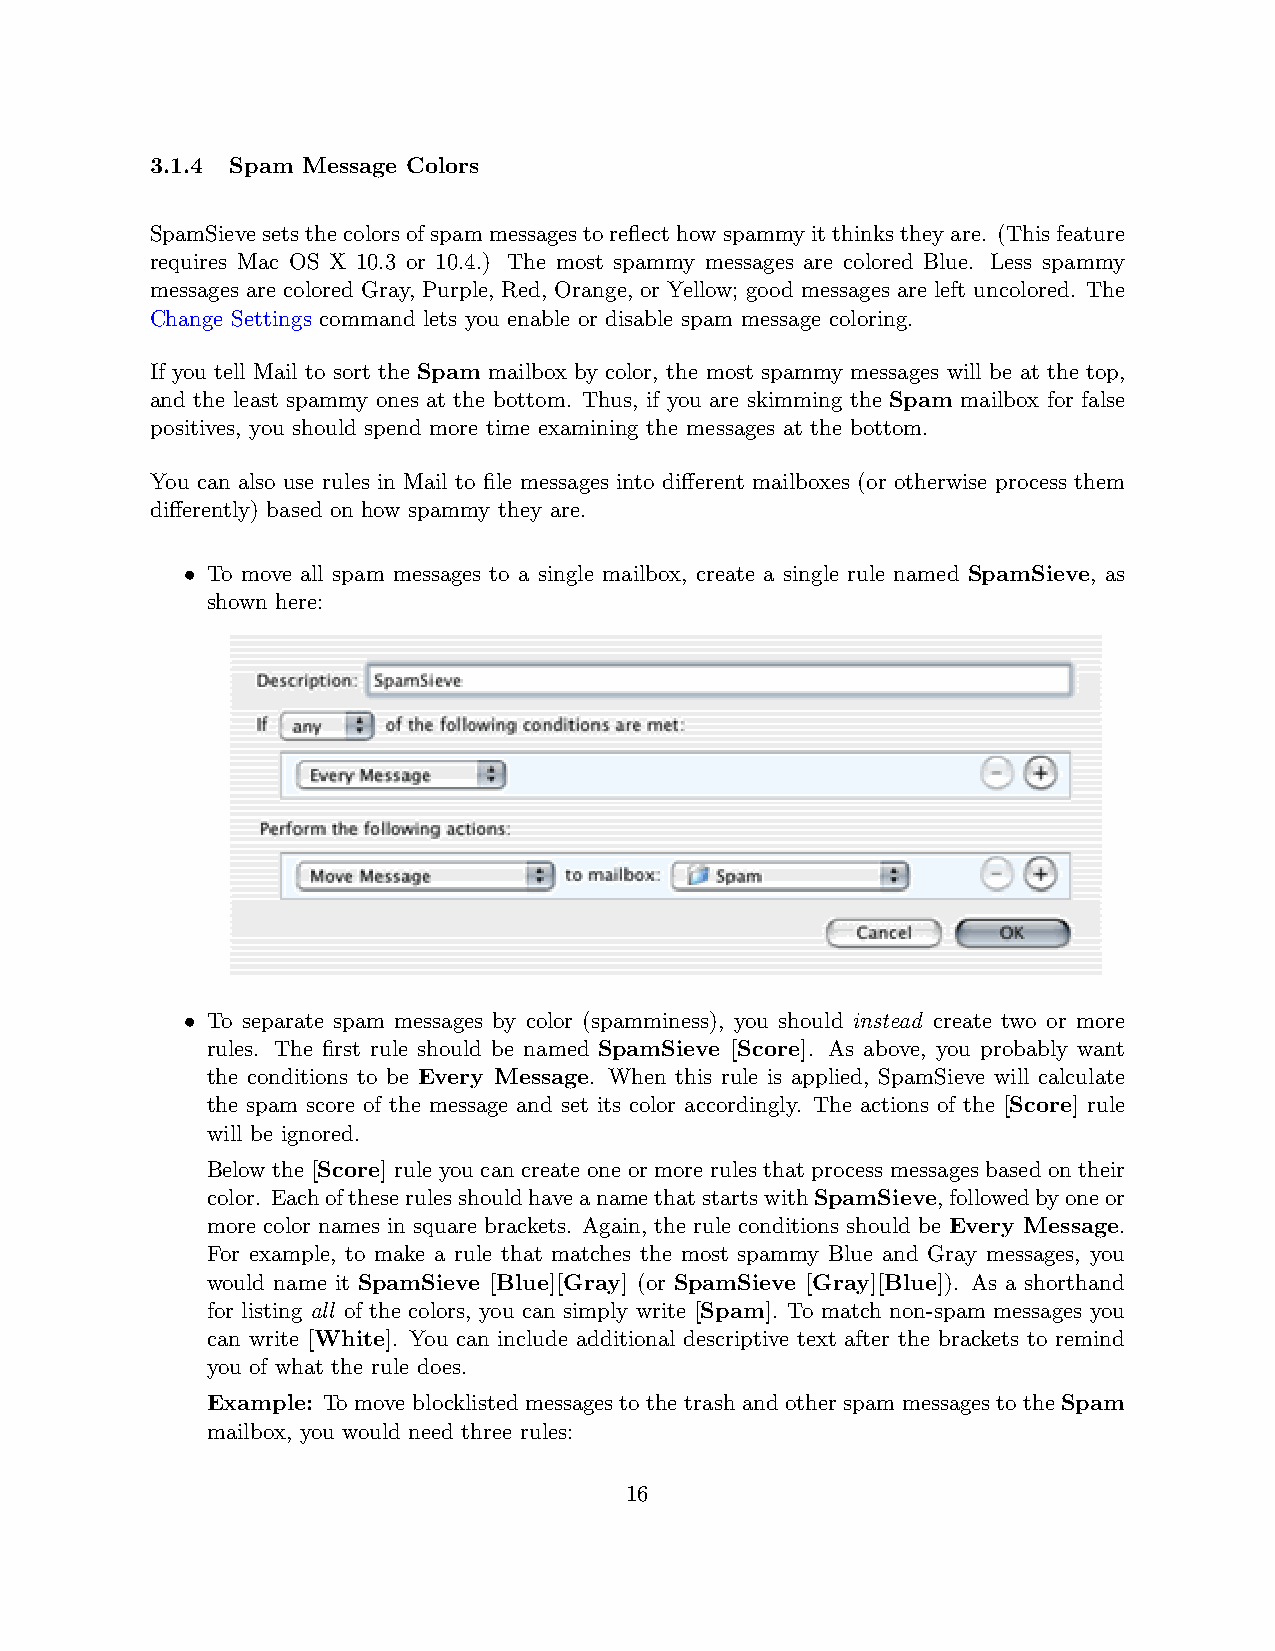
3.1.4 Spam Message Colors
 SpamSievesetsthecolorsofspammessagestoreflecthowspammyitthinkstheyare. (Thisfeature
 requires Mac OS X 10.3 or 10.4.) The most spammy messages are colored Blue. Less spammy
 messages are colored Gray, Purple, Red, Orange, or Yellow; good messages are left uncolored. The
 Change Settings command lets you enable or disable spam message coloring.
 If you tell Mail to sort the Spam mailbox by color, the most spammy messages will be at the top,
 and the least spammy ones at the bottom. Thus, if you are skimming the Spam mailbox for false
 positives, you should spend more time examining the messages at the bottom.
 You can also use rules in Mail to file messages into different mailboxes (or otherwise process them
 differently) based on how spammy they are.
 • To move all spam messages to a single mailbox, create a single rule named SpamSieve, as
 shown here:
 • To separate spam messages by color (spamminess), you should instead create two or more
 rules. The first rule should be named SpamSieve [Score]. As above, you probably want
 the conditions to be Every Message. When this rule is applied, SpamSieve will calculate
 the spam score of the message and set its color accordingly. The actions of the [Score] rule
 will be ignored.
 Below the [Score] rule you can create one or more rules that process messages based on their
 color. EachoftheserulesshouldhaveanamethatstartswithSpamSieve,followedbyoneor
 more color names in square brackets. Again, the rule conditions should be Every Message.
 For example, to make a rule that matches the most spammy Blue and Gray messages, you
 would name it SpamSieve [Blue][Gray] (or SpamSieve [Gray][Blue]). As a shorthand
 for listing all of the colors, you can simply write [Spam]. To match non-spam messages you
 can write [White]. You can include additional descriptive text after the brackets to remind
 you of what the rule does.
 Example: To move blocklisted messages to the trash and other spam messages to the Spam
 mailbox, you would need three rules:
 16